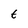
Character: t